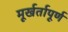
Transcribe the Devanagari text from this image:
मूर्खर्तापूर्ण